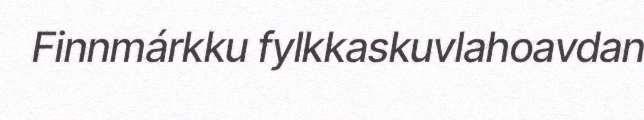
Finnmárkku fylkkaskuvlahoavdan